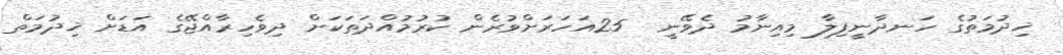
ޚިދުމަތުގެ ހަނދާނީފިލާ މިއިނާމު ދެވޭނީ  25އަހަރަށްވުރެން ކުރުމުއްދަތަކަށް ދިވެހިރާއްޖޭގެ އަޑަށް ޚިދުމަތް